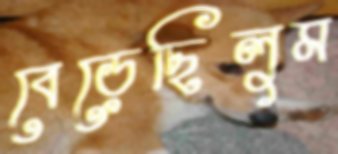
বেড়েছিলুম